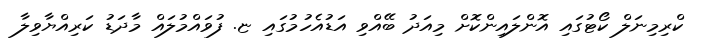
ކްރިމިނަލް ކޯޓުގައި އޮންލައިންކޮށް މިއަދު ބޭއްވި އަޑުއެހުމުގައި ޏ. ފުވައްމުލައް މާދަޑު ކަރިއްޔާވިލާ